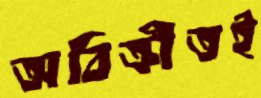
অবিক্রীতই